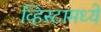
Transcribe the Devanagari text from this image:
व्हिस्टामध्ये